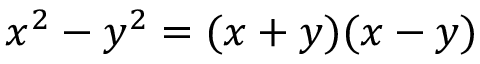
x ^ { 2 } - y ^ { 2 } = ( x + y ) ( x - y )